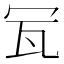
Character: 𤬦